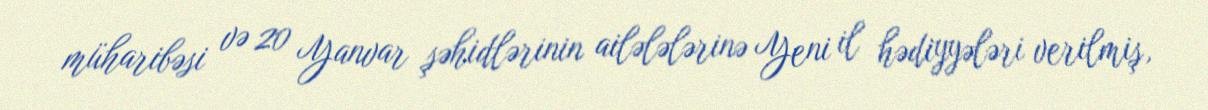
müharibəsi və 20 Yanvar şəhidlərinin ailələlərinə Yeni il hədiyyələri verilmiş,